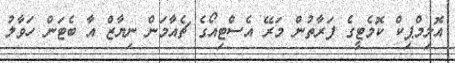
އޮލިމްޕިކް ކޮމެޓީގެ ފަރާތުން މަރޭ އެސްޓިއޯގެ ޗެއާމަން ނިޔާޒް އާ ބެޓަން ހަވާލު